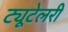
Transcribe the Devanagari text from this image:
ट्यूटेलरी